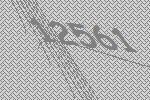
12561